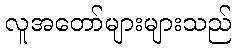
လူအတော်များများသည်